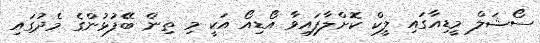
ސޯޝަލް މީޑިއާގައި ލީކް ކޮށްލާފައިވާ އޯޑިއޯ އަކީ މި ތިން ބޭފުޅުންގެ މެދުގައި